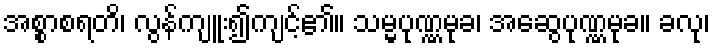
အစ္စာစရတိ၊ လွန်ကျူး၍ကျင့်၏။ သမ္မပုဏ္ဏမုခ၊ အဆွေပုဏ္ဏမုခ။ ခလု၊